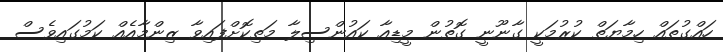
ހައްގުތައް ހިމާޔަތް ކުރުމަކީ ގާނޫނީ ގޮތުން މީޑިއާ ކައުންސިލާ މަތިކޮށްފައިވާ ޒިންމާއެއް ކަމުގައިވެސް